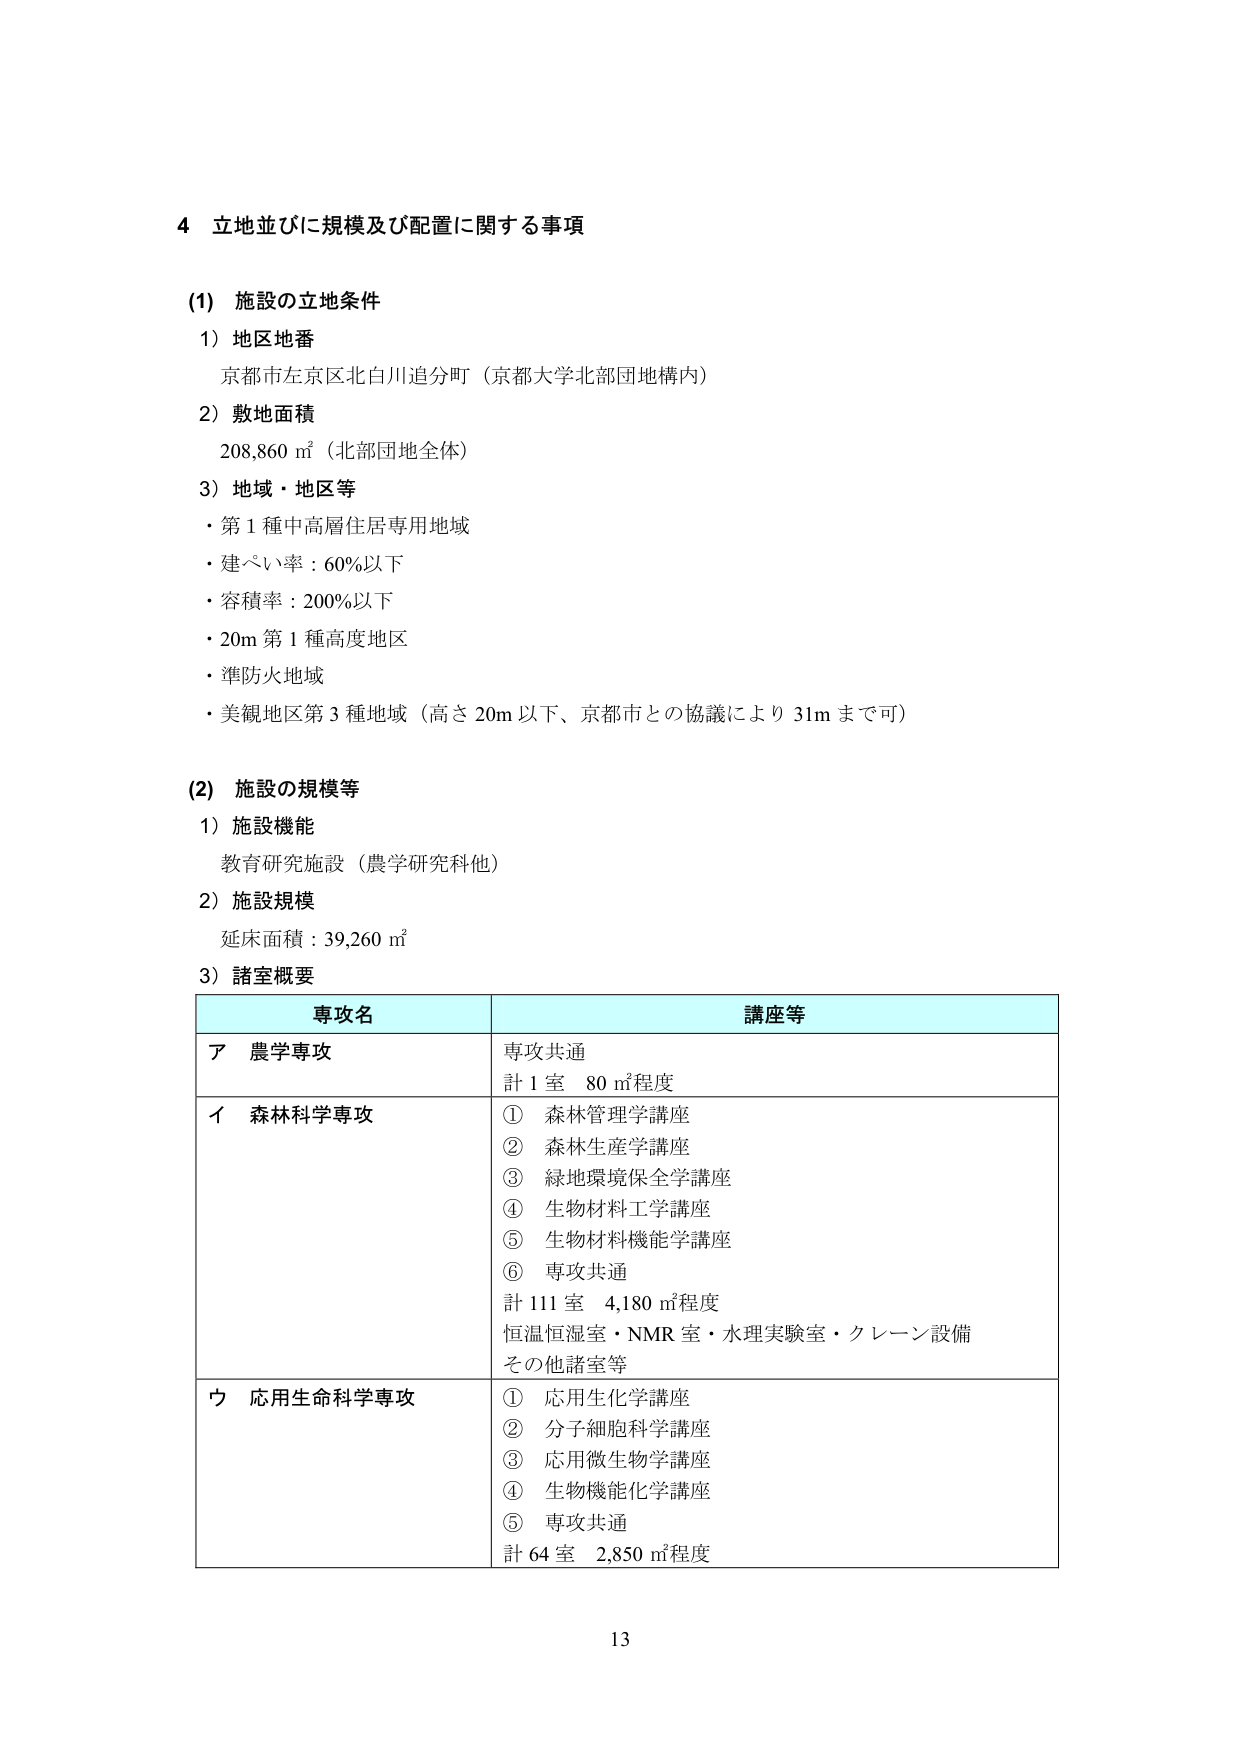
4 立地並びに規模及び配置に関する事項

(1) 施設の立地条件
1) 地区地番
京都市左京区北白川追分町（京都大学北部団地構内）
2) 敷地面積
208,860 ㎡（北部団地全体）
3) 地域・地区等
・第1種中高層住居専用地域
・建ぺい率：60％以下
・容積率：200％以下
・20m 第1種高度地区
・準防火地域
・美観地区第3種地域（高さ20m以下、京都市との協議により31mまで可）

(2) 施設の規模等
1) 施設機能
教育研究施設（農学研究科他）
2) 施設規模
延床面積：39,260 ㎡
3) 諸室概要

専攻名 講座等
ア 農学専攻 専攻共通
計1室 80㎡程度
イ 森林科学専攻 ① 森林管理学講座
② 森林生産学講座
③ 緑地環境保全学講座
④ 生物材料工学講座
⑤ 生物材料機能学講座
⑥ 専攻共通
計111室 4,180㎡程度
恒温恒湿室・NMR室・水理実験室・クレーン設備
その他諸室等
ウ 応用生命科学専攻 ① 応用生化学講座
② 分子細胞科学講座
③ 応用微生物学講座
④ 生物機能化学講座
⑤ 専攻共通
計64室 2,850㎡程度

13